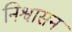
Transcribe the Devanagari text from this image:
निश्वासन